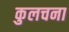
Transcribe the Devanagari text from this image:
कुलचना